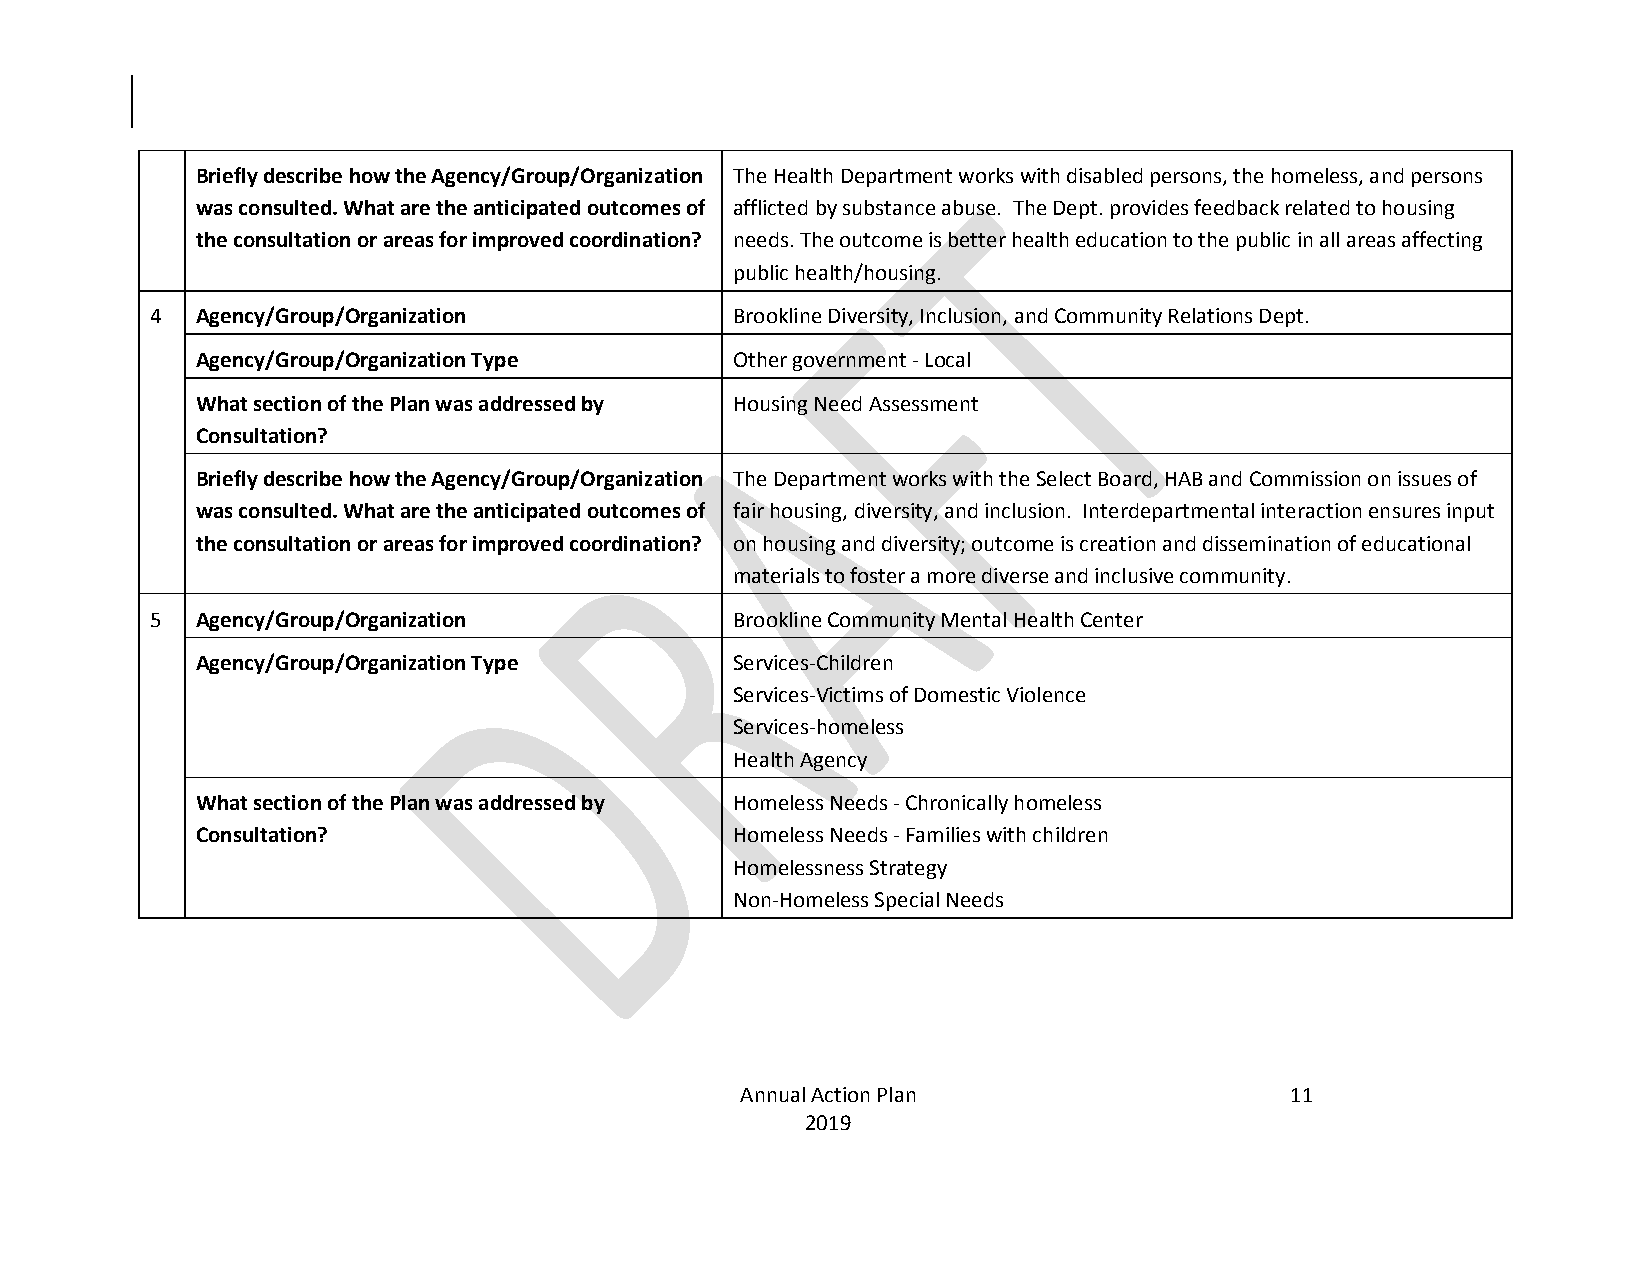
Briefly describe how the Agency/Group/Organization The Health Department works with disabled persons, the homeless, and persons
 was consulted. What are the anticipated outcomes of afflicted by substance abuse. The Dept. provides feedback related to housing
 the consultation or areas for improved coordination? needs. The outcome is better health education to the public in all areas affecting
 public health/housing.
 4  Agency/Group/Organization          Brookline Diversity, Inclusion, and Community Relations Dept.
 Agency/Group/Organization Type     Other government - Local
 What section of the Plan was addressed by Housing Need Assessment
 Consultation?
 Briefly describe how the Agency/Group/Organization The Department works with the Select Board, HAB and Commission on issues of
 was consulted. What are the anticipated outcomes of fair housing, diversity, and inclusion. Interdepartmental interaction ensures input
 the consultation or areas for improved coordination? on housing and diversity; outcome is creation and dissemination of educational
 materials to foster a more diverse and inclusive community.
 5  Agency/Group/Organization          Brookline Community Mental Health Center
 Agency/Group/Organization Type     Services-Children
 Services-Victims of Domestic Violence
 Services-homeless
 Health Agency
 What section of the Plan was addressed by Homeless Needs - Chronically homeless
 Consultation?                      Homeless Needs - Families with children
 Homelessness Strategy
 Non-Homeless Special Needs
 Annual Action Plan                  11
 2019